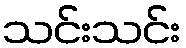
သင်းသင်း